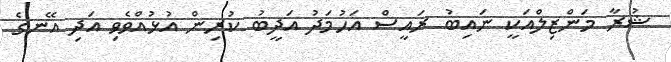
ޝުރާ މަންޒިލްއަކީ ނައިބު ރައީސް އަހުމަދު އަދީބު ކުރިން އުޅުއްވެވި އަދި އޭނގެ